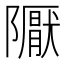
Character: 𨽀